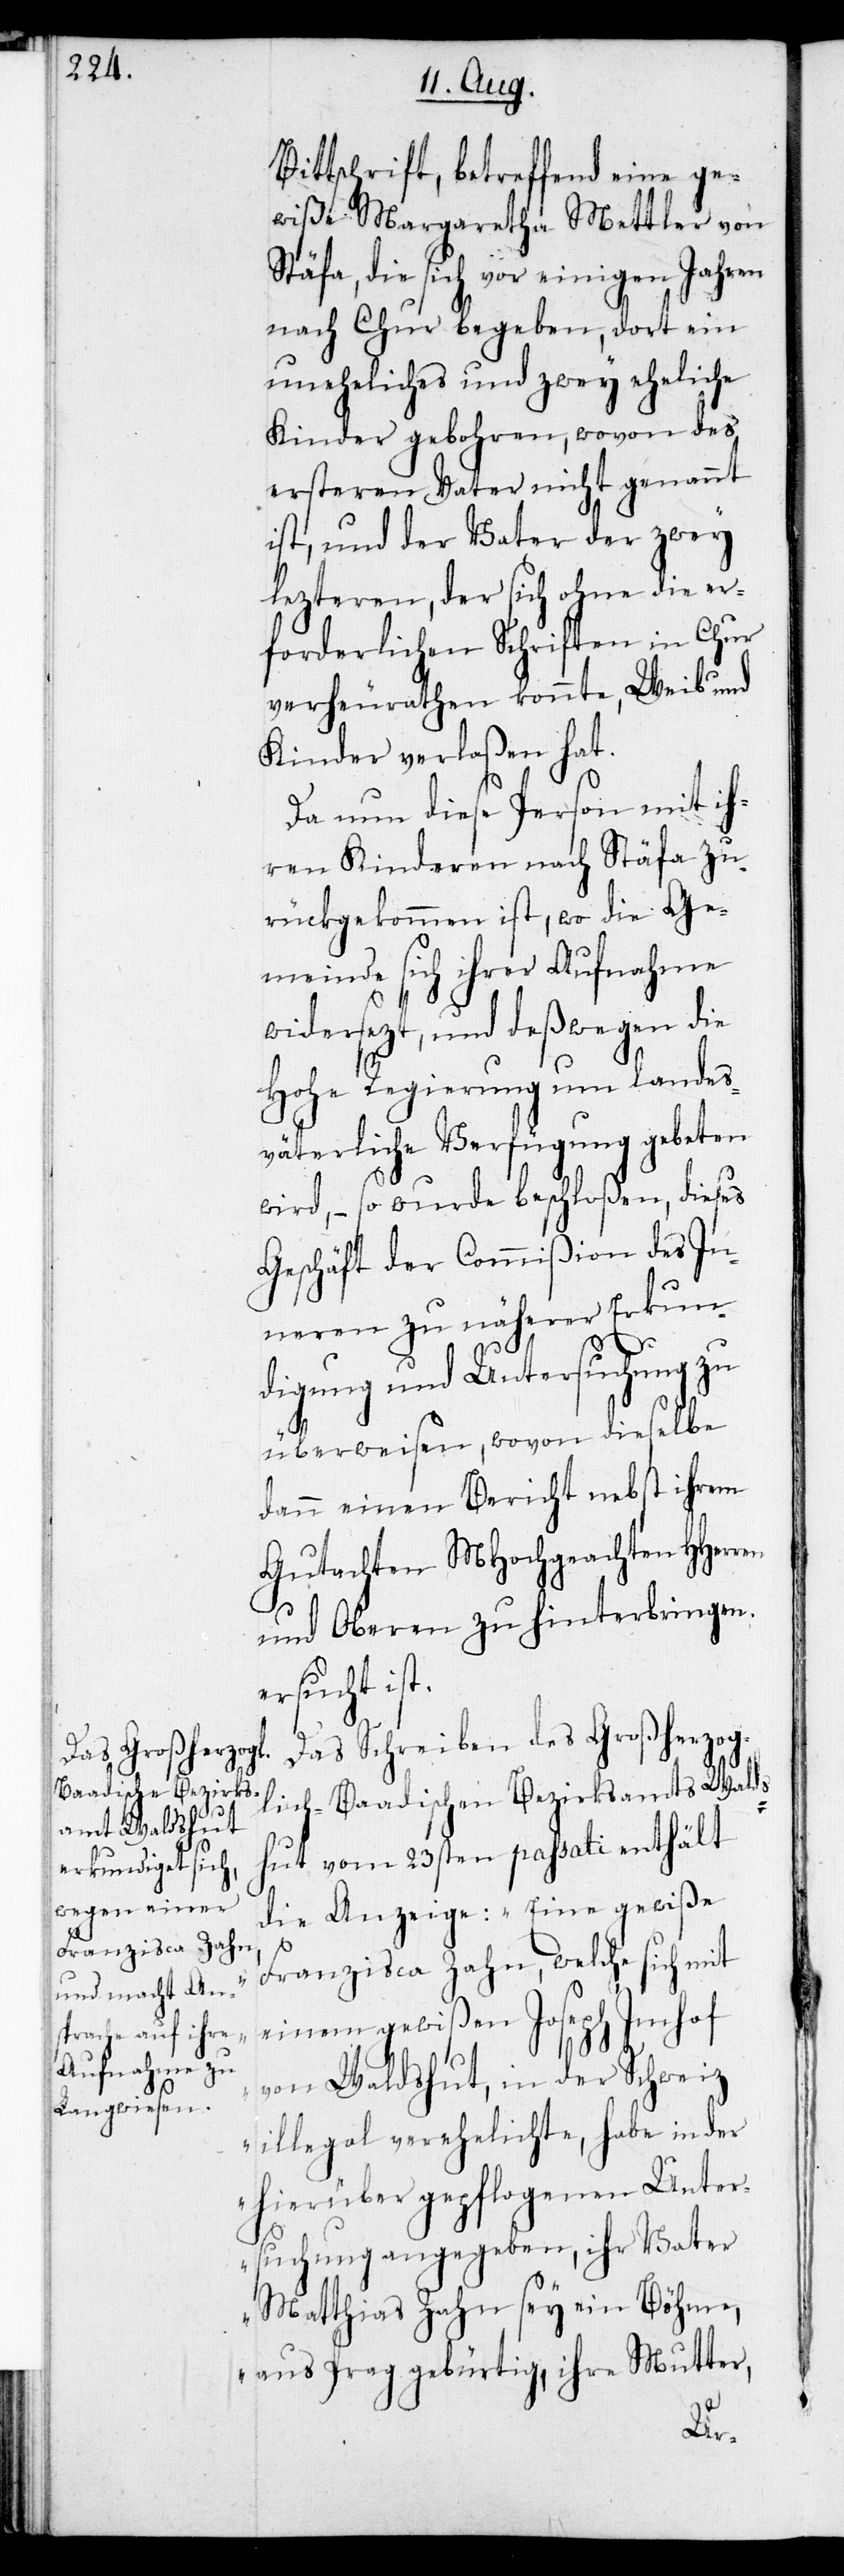
Bittschrift, betreffend eine ge¬
wiße Margaretha Mettler von
Stäfa, die sich vor einigen Jahren
nach Chur begeben, dort ein
uneheliches und zwey eheliche
Kinder gebohren, wovon des
ersteren Vater nicht genannt
ist, und der Vater der zwey
lezteren, der sich ohne die er¬
forderlichen Schriften in Chur
verheurathen konnte, Weib und
Kinder verlaßen hat.
Da nun diese Person mit ih¬
ren Kinderen nach Stäfa zu¬
rückgekommen ist, wo die Ge¬
meinde sich ihrer Aufnahme
widersezt, und deßwegen die
Hohe Regierung um landes¬
väterliche Verfügung gebeten
wird, – so wurde beschloßen, dieses
Geschäft der Commißion des In¬
neren zu näherer Erkun¬
digung und Untersuchung zu
überweisen, wovon dieselbe
dann einen Bericht nebst ihrem
Gutachten MHochgeachten HHerren
und Oberen zu hinterbringen
ersucht ist.
Das Schreiben des Großherzog¬
lich-Baadischen Bezirksamts Walds¬
hut vom 23sten passati enthält
die Anzeige: „Eine gewiße
Franzisca Zahn, welche sich mit
einem gewißen Joseph Imhof
von Waldshut, in der Schweiz
illegal verehelichte, habe in der
hierüber gepflogenen Unter¬
suchung angegeben, ihr Vater
Matthias Zahn sey ein Böhme,
aus Prag gebürtig, ihre Mutter,